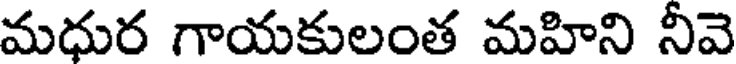
మధుర గాయకులంత మహిని నీవె